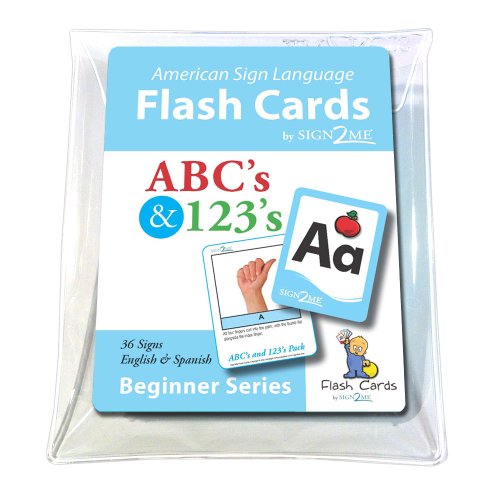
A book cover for American Sign Language for Beginners - Flashcards: in ABCs & 123s Pack in Vinyl Pouch (Incl. ASL + English + Spanish) by Sign2Me Early Learning ... ... Flash Cards) (English and Spanish Edition); Sign2Me Early Learning; Test Preparation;